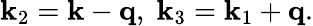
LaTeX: {\mathbf k}_{2}={\mathbf k}-{\mathbf q},\; {\mathbf k}_{3}={\mathbf k}_{1}+{\mathbf q}.